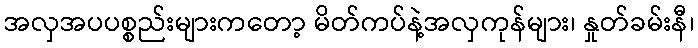
အလှအပပစ္စည်းများကတော့ မိတ်ကပ်နဲ့အလှကုန်များ၊ နှုတ်ခမ်းနီ၊